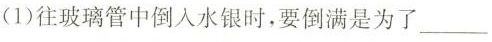
(1)往玻璃管中倒入水银时，要倒满是为了___